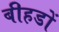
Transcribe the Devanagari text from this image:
बीहडों